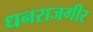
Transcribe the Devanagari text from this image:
धनराजगीर